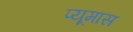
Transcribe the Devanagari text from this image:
प्यूमास